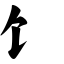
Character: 饣